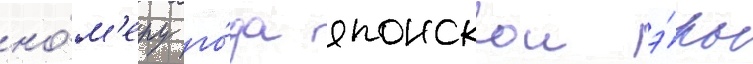
но́м'еру го́да японскои э́ры